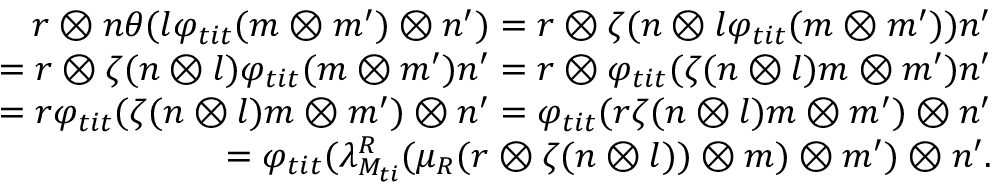
\begin{array} { r } { r \otimes n \theta ( l \varphi _ { t i t } ( m \otimes m ^ { \prime } ) \otimes n ^ { \prime } ) = r \otimes \zeta ( n \otimes l \varphi _ { t i t } ( m \otimes m ^ { \prime } ) ) n ^ { \prime } } \\ { = r \otimes \zeta ( n \otimes l ) \varphi _ { t i t } ( m \otimes m ^ { \prime } ) n ^ { \prime } = r \otimes \varphi _ { t i t } ( \zeta ( n \otimes l ) m \otimes m ^ { \prime } ) n ^ { \prime } } \\ { = r \varphi _ { t i t } ( \zeta ( n \otimes l ) m \otimes m ^ { \prime } ) \otimes n ^ { \prime } = \varphi _ { t i t } ( r \zeta ( n \otimes l ) m \otimes m ^ { \prime } ) \otimes n ^ { \prime } } \\ { = \varphi _ { t i t } ( \lambda _ { M _ { t i } } ^ { R } ( \mu _ { R } ( r \otimes \zeta ( n \otimes l ) ) \otimes m ) \otimes m ^ { \prime } ) \otimes n ^ { \prime } . } \end{array}